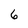
Character: 6